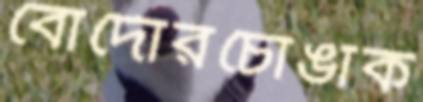
বোর্দোরচোঙাক